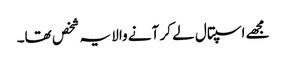
مجھے اسپتال لے کر آنے والا یہ شخص تھا۔